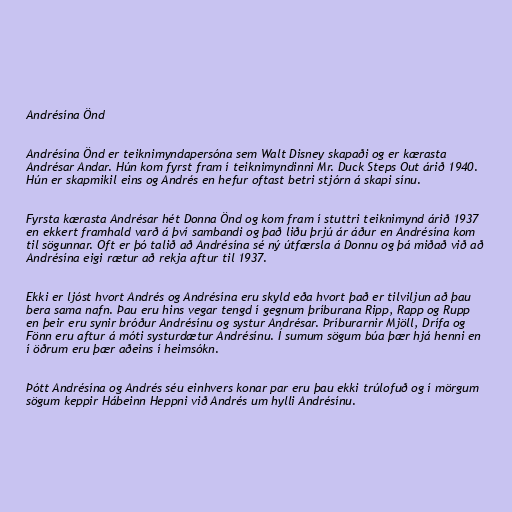
Andrésína Önd

Andrésína Önd er teiknimyndapersóna sem Walt Disney skapaði og er kærasta
Andrésar Andar. Hún kom fyrst fram í teiknimyndinni Mr. Duck Steps Out árið 1940.
Hún er skapmikil eins og Andrés en hefur oftast betri stjórn á skapi sínu.

Fyrsta kærasta Andrésar hét Donna Önd og kom fram í stuttri teiknimynd árið 1937
en ekkert framhald varð á því sambandi og það liðu þrjú ár áður en Andrésína kom
til sögunnar. Oft er þó talið að Andrésína sé ný útfærsla á Donnu og þá miðað við að
Andrésína eigi rætur að rekja aftur til 1937.

Ekki er ljóst hvort Andrés og Andrésína eru skyld eða hvort það er tilviljun að þau
bera sama nafn. Þau eru hins vegar tengd í gegnum þríburana Ripp, Rapp og Rupp
en þeir eru synir bróður Andrésínu og systur Andrésar. Þríburarnir Mjöll, Drífa og
Fönn eru aftur á móti systurdætur Andrésínu. Í sumum sögum búa þær hjá henni en
í öðrum eru þær aðeins í heimsókn.

Þótt Andrésína og Andrés séu einhvers konar par eru þau ekki trúlofuð og í mörgum
sögum keppir Hábeinn Heppni við Andrés um hylli Andrésínu.